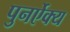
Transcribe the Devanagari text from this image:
पुनर्ऐक्य